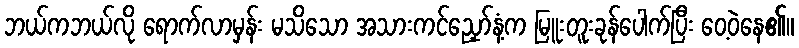
ဘယ်ကဘယ်လို ရောက်လာမှန်း မသိသော အသားကင်ညှော်နံ့က မြူးတူးခုန်ပေါက်ပြီး ဝေ့ဝဲနေ၏။